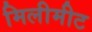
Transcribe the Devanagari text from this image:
मिलीमीट